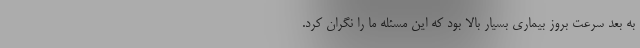
به بعد سرعت بروز بیماری بسیار بالا بود که این مسئله ما را نگران کرد.